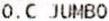
O.C JUMBO